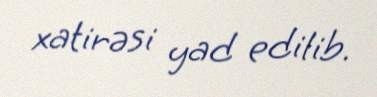
xatirəsi yad edilib.